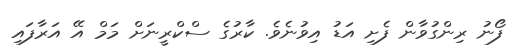
ފޯނު ރިންގުވާން ފެށި އަޑު އިވުނެވެ. ކާރުގެ ސްކްރީނަށް މަމް އޭ އަރާފައި